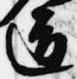
道